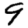
Digit: 9